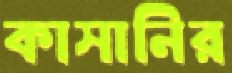
কাসানির